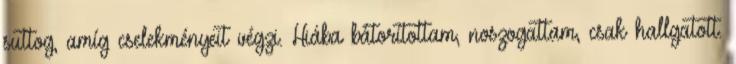
suttog, amíg cselekményeit végzi. Hiába bátorítottam, noszogattam, csak hallgatott.